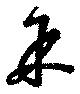
余